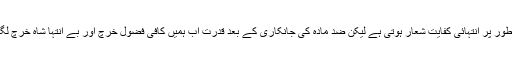
قدرت عام طور پر انتہائی کفایت شعار ہوتی ہے لیکن ضد مادّہ کی جانکاری کے بعد قدرت اب ہمیں کافی فضول خرچ اور بے انتہا شاہ خرچ لگ رہی ہے۔